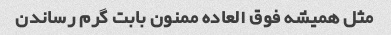
مثل همیشه فوق العاده ممنون بابت گرم رساندن